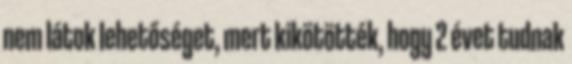
nem látok lehetőséget, mert kikötötték, hogy 2 évet tudnak